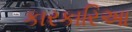
કારકારિઆ